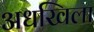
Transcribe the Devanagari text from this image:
अधखिला